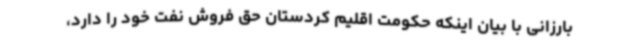
بارزانی با بیان اینکه حکومت اقلیم کردستان حق فروش نفت خود را دارد،